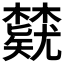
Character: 𬅃